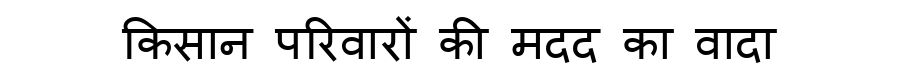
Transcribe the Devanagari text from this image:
किसान परिवारों की मदद का वादा